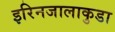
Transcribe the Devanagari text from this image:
इरिनजालाकुडा